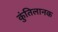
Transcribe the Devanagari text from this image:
कुंतिलानक